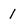
Character: 1